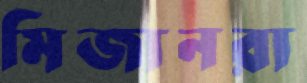
মিজানরা